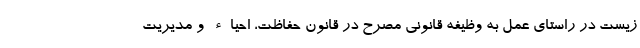
زیست در راستای عمل به وظیفه قانونی مصرح در قانون حفاظت، احیاء و مدیریت